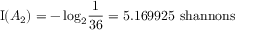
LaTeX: \operatorname { I } ( A _ { 2 } ) = - \log _ { 2 } \! { \frac { 1 } { 3 6 } } = 5 . 1 6 9 9 2 5 { \mathrm { ~ s h a n n o n s } }